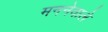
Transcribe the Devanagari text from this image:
मननेवाले